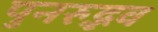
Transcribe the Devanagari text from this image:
पुनरुद्भव